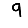
Digit: 9